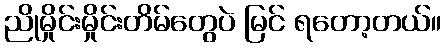
ညိုမှိုင်းမှိုင်းတိမ်တွေပဲ မြင် ရတော့တယ်။